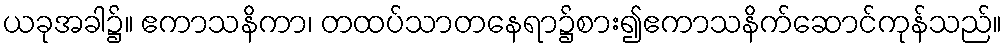
ယခုအခါ၌။ ဧကာသနိကာ၊ တထပ်သာတနေရာ၌စား၍ဧကာသနိက်ဆောင်ကုန်သည်။